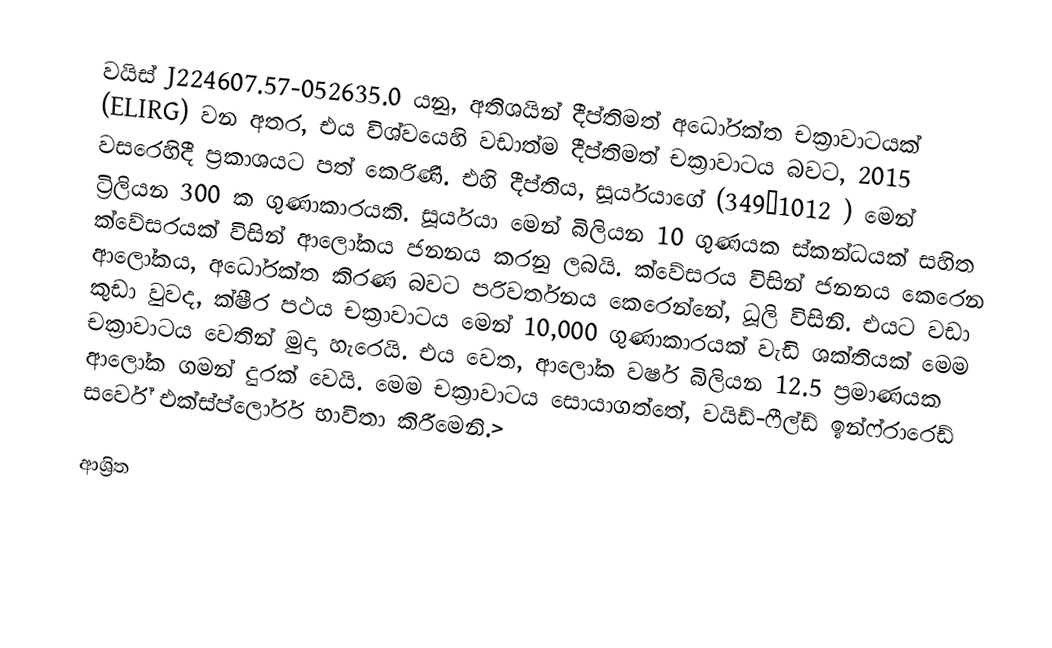
වයිස් J224607.57-052635.0 යනු,  අතිශයින් දීප්තිමත් අධෝරක්ත චක්‍රාවාටයක් (ELIRG) වන අතර, එය විශ්වයෙහි වඩාත්ම දීප්තිමත් චක්‍රාවාටය බවට,  2015 වසරෙහිදී ප්‍රකාශයට පත් කෙරිණි. එහි දීප්තිය, සූර්යයාගේ (349×1012 ) මෙන් ට්‍රිලියන 300 ක ගුණාකාරයකි. සූර්යයා මෙන් බිලියන 10 ගුණයක ස්කන්ධයක් සහිත ක්වේසරයක් විසින් ආලෝකය ජනනය කරනු ලබයි. ක්වේසරය විසින් ජනනය කෙරෙන ආලෝකය,  අධෝරක්ත කිරණ බවට පරිවර්තනය කෙරෙන්නේ,  ධූලි විසිනි. එයට වඩා කුඩා වුවද, ක්ෂීර පථය චක්‍රාවාටය මෙන් 10,000 ගුණාකාරයක් වැඩි ශක්තියක් මෙම චක්‍රාවාටය වෙතින් මුදා හැරෙයි. එය වෙත,  ආලෝක වර්ෂ බිලියන 12.5 ප්‍රමාණයක   ආලෝක ගමන් දුරක් වෙයි. මෙම චක්‍රාවාටය සොයාගත්තේ,  වයිඩ්-ෆීල්ඩ් ඉන්ෆ්රාරෙඩ් සර්වේ එක්ස්ප්ලෝරර් භාවිතා කිරීමෙනි.>

ආශ්‍රිත